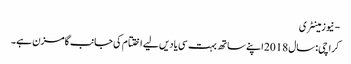
- نیوزمینٹری
کراچی: سال 2018 اپنے ساتھ بہت سی یادیں لیے اختتام کی جانب گامزن ہے۔